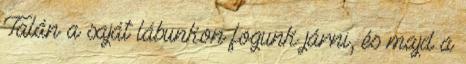
Talán a saját lábunkon fogunk járni, és majd a